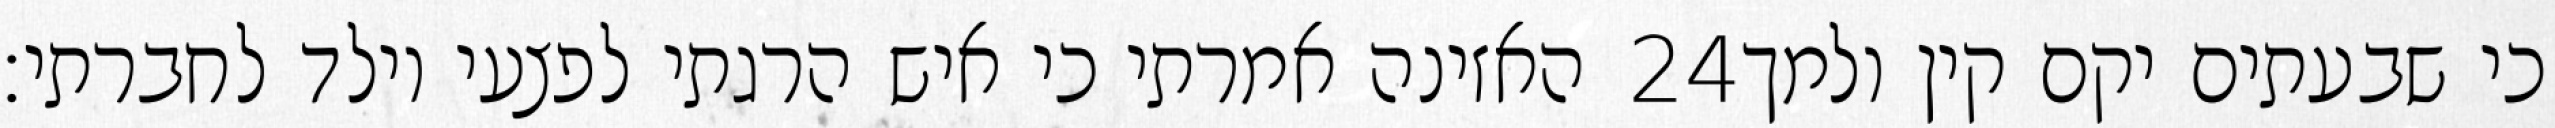
האזינה אמרתי כי איש הרגתי לפצעי וילד לחברתי׃ ‎24‏ כי שבעתים יקם קין ולמך